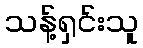
သန့်ရှင်းသူ